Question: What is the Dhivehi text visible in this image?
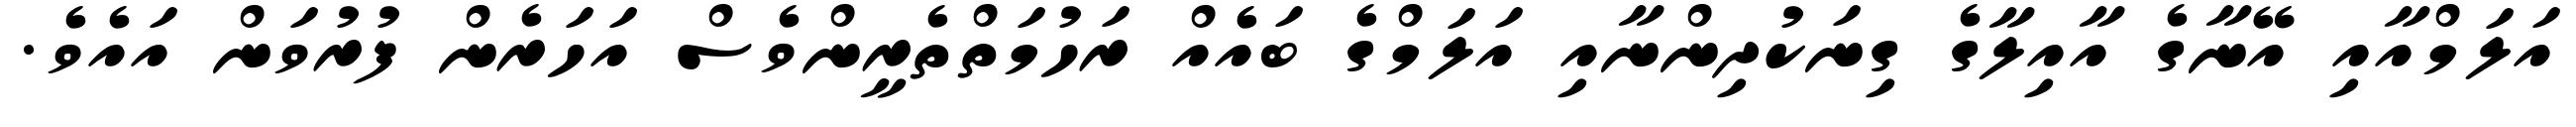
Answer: އަލަމްއާއި އޭނާގެ އާއިލާގެ ގިނަކުދިންނާއި އަލަމްގެ ބައެއް ރަހުމަތްތެރީންވެސް އަހަރެން ފުރުވަން އައެވެ.